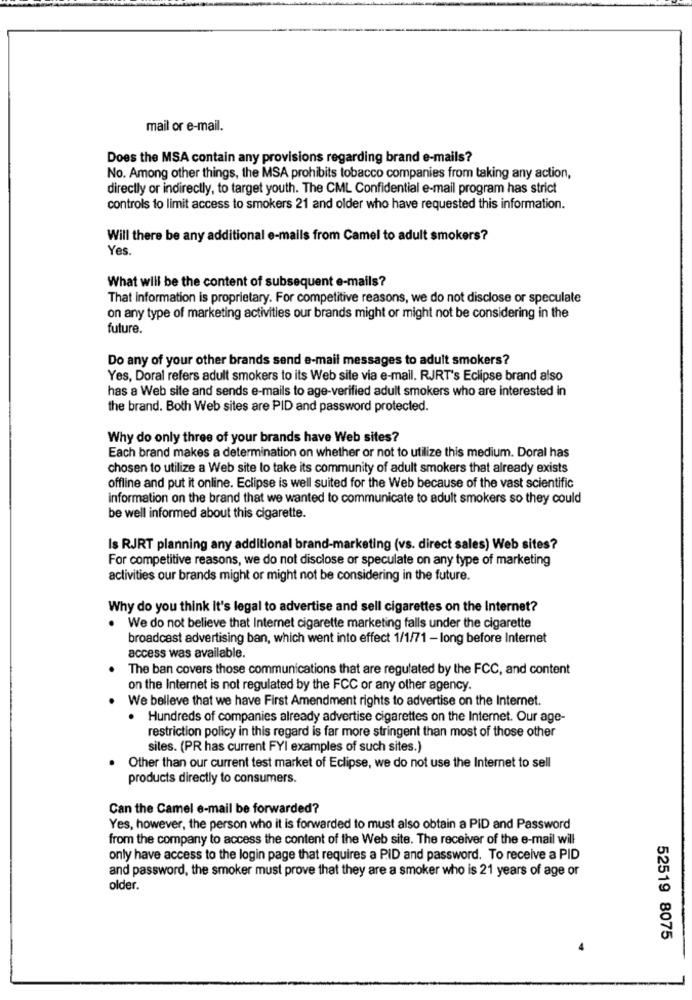
mail or e-mail.
Does the MSA contain any provisions regarding brand e-mails?
No. Among other things, the MSA prohibits tobacco companies from taking any action,
directly or indirectly, to target youth. The CML Confidential e-mail program has strict
controls to limit access to smokers 21 and older who have requested this information.
Will there be any additional e-mails from Camel to adult smokers?
Yes.
What will be the content of subsequent e-mails?
That information is proprietary. For competitive reasons, we do not disclose or speculate
on any type of marketing activities our brands might or might not be considering in the
future.
Do any of your other brands send e-mail messages to adult smokers?
Yes, Doral refers adult smokers to its Web sile via e-mail. RJRT's Eclipse brand also
has a Web site and sends e-mails to age-verified adult smokers who are interested in
the brand. Both Web sites are PID and password protected.
Why do only three of your brands have Web sites?
Each brand makes a determination on whether or not to utilize this medium. Doral has
chosen to utilize a Web site to take its community of adult smokers that already exists
offline and put it online. Eclipse is well suited for the Web because of the vast scientific
information on the brand that we wanted to communicate to adult smokers so they could
be well informed about this cigarette.
Is RJRT planning any additional brand-marketing (vs. direct sales) Web sites?
For competitive reasons, we do not disclose or speculate on any type of marketing
activities our brands might or might not be considering in the future.
Why do you think It's legal to advertise and sell cigarettes on the Internet?
. We do not believe that Internet cigarette marketing falls under the cigarette
broadcast advertising ban, which went into effect 1/1/71 - long before Internet
access was available.
The ban covers those communications that are regulated by the FCC, and content
on the Internet is not regulated by the FCC or any other agency.
We believe that we have First Amendment rights to advertise on the Internet.
. Hundreds of companies already advertise cigarettes on the Internet. Our age-
restriction policy in this regard is far more stringent than most of those other
sites. (PR has current FYI examples of such sites.)
Other than our current test market of Eclipse, we do not use the Internet to sell
products directly to consumers.
Can the Camel e-mail be forwarded?
Yes, however, the person who it is forwarded to must also obtain a PID and Password
from the company to access the content of the Web site. The receiver of the e-mail will
only have access to the login page that requires a PID and password. To receive a PID
and password, the smoker must prove that they are a smoker who is 21 years of age or
older.
52519 8075